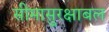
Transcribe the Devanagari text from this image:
सीमासुरक्षाबल